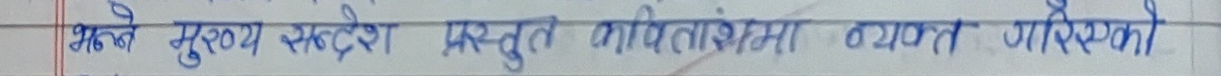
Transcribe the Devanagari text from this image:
आफ्नै मुख्य सन्देश प्रस्तुत कवितांशमा व्याख्या गरिएको छ।